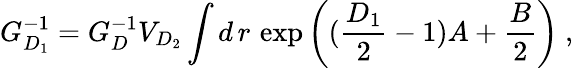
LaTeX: G_{D_{1}}^{-1}=G_{D}^{-1}V_{D_{2}}\int d\, r\, \exp{\left((\frac{D_{1}}{2}-1)A+\frac{B}{2}\right)}~,